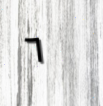
٦